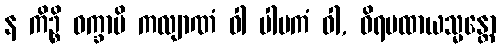
န ကိဉ္စိ ဝက္ခာမိ ကလျာဏံ ဝါ ပါပကံ ဝါ, ဝိရမထာယသ္မန္တော